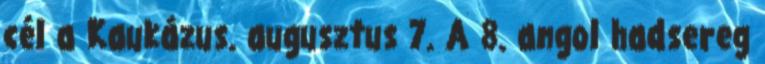
cél a Kaukázus. augusztus 7. A 8. angol hadsereg